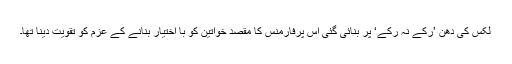
لکس کی دھن ’رکے نہ رکے‘ پر بنائی گئی اس پرفارمنس کا مقصد خواتین کو با اختیار بنانے کے عزم کو تقویت دینا تھا۔